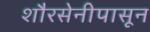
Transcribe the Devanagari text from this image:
शौरसेनीपासून